system: You are a helpful assistant.
user:
Analyze the provided spectrum to determine if it is a **"Cataclysmic Variables (CV)"**.

- **Key Indicators for CV (Check for either state):**
    - **State 1: Quiescent / Low-State (Emission-Dominated)**
        - **(Primary):** Strong and *very broad* Hydrogen Balmer emission lines (e.g., $H\alpha$ at 6563 Å, $H\beta$ at 4861 Å). The 'broadness' (high velocity dispersion, often FWHM > 1000 km/s) is the key diagnostic, indicating a high-velocity accretion disk.
        - **(Secondary):** Broad neutral Helium (He I) emission lines (e.g., 5876 Å, 6678 Å).
        - **(Key Confirmation):** Presence of high-excitation *ionized* Helium (He II) emission at 4686 Å. This is a strong indicator of accretion onto a white dwarf.
        - **(Line Profile):** Emission lines may exhibit a 'double-peaked' profile, which is a classic signature of a rotating accretion disk viewed at high inclination.

    - **State 2: Outburst / High-State (Absorption-Dominated)**
        - **(Primary):** Spectrum is dominated by a bright, blue continuum (looks like a hot star).
        - **(Secondary):** The emission lines from State 1 are weak, absent, or 'filled in', and are replaced by broad, shallow *absorption* lines (primarily Balmer and He I).
        - **(Morphology):** The overall spectrum mimics a hot B/A-type star. The crucial difference is that the absorption lines are significantly broader, shallower, and more 'washed-out' (or 'smeared') than the sharp lines of a normal stellar photosphere, due to high rotational speeds and pressure broadening in the disk.

Think first, call **spectral_visualization_tool** if needed to examine features in detail, then provide your final answer. Your response must adhere to the following strict rules:
1.  **Overall Structure:** Your response must follow the format `<think>...</think> <tool_call>...</tool_call> (if a tool is used) <answer>...</answer>`.
2.  **Tool Usage Constraint:** You may only make **one** tool call per turn.
3.  **Final Answer Format:** In the `<answer>` tag, your conclusion must be inside a `\boxed{}` command (e.g., `\boxed{YES}`), followed by your justification.

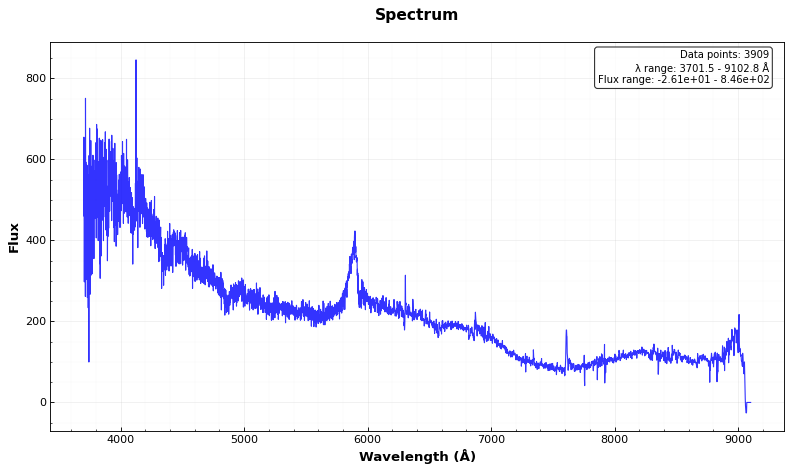
Answer: NO